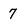
Character: 7